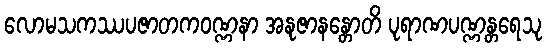
လောမသကဿပဇာတကဝဏ္ဏနာ အနုဇာနန္တောတိ ပုရာဏပဏ္ဏန္တရေသု